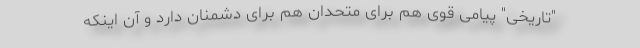
"تاریخی" پیامی قوی هم برای متحدان هم برای دشمنان دارد و آن اینکه